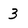
Character: 3